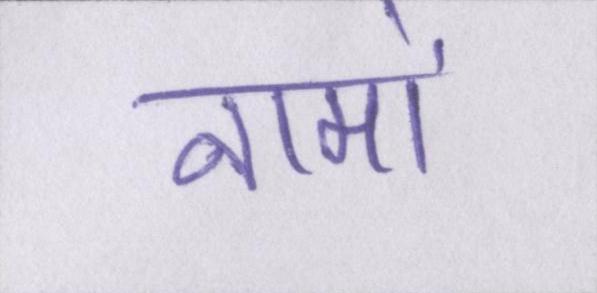
नामों